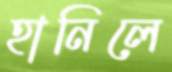
হানিলে